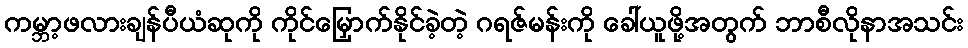
ကမ္ဘာ့ဖလားချန်ပီယံဆုကို ကိုင်မြှောက်နိုင်ခဲ့တဲ့ ဂရဇ်မန်းကို ခေါ်ယူဖို့အတွက် ဘာစီလိုနာအသင်း